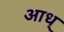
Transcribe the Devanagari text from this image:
आध्